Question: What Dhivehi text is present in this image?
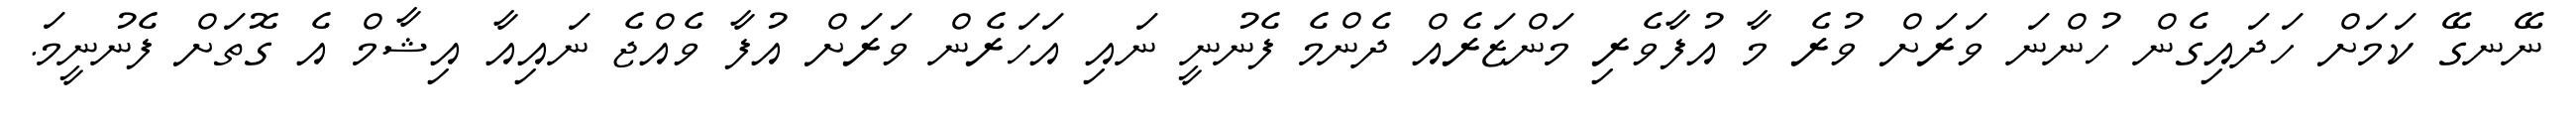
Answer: ނޭނގޭ ކަމަށް ހަދައިގެން ހުންނަ ވަރަށް ވުރެ މާ އުފާވެރި މަންޒަރެއް ދެންމެ ފެނުނީ ނައި އަހަރެން ވަރަށް އުފާ ވެއްޖެ ނައިއާ އިޝާމް އެ ގޮތަށް ފެނުނީމަ.